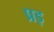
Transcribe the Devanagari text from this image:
प्रड़